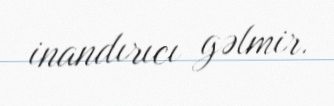
inandırıcı gəlmir.